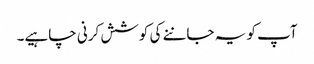
آپ کو یہ جاننے کی کوشش کرنی چاہیے۔